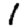
Digit: 1